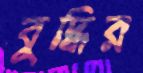
বুদ্ধির